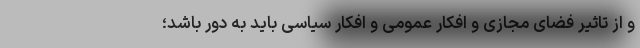
و از تاثیر فضای مجازی و افکار عمومی و افکار سیاسی باید به دور باشد؛